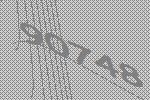
90748